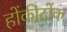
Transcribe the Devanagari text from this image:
होंकीटोंक